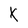
Character: X